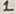
Text: 1